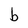
Character: b